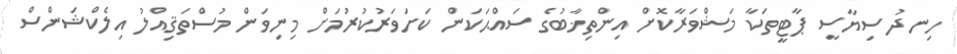
ހިނދު ސިޔާސީ ޕާޓީތަކާ މަޝްވަރާކޮށް އިންތިޚާބުގެ ސައްޙަކަން ކަށަވަރުކުރުމަށް މިނިވަން މުސްތަޤިއްލު އިލެކްޝަންސް